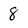
Character: 8